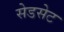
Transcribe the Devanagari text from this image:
सेडसेट